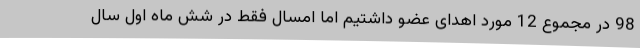
98 در مجموع 12 مورد اهدای عضو داشتیم اما امسال فقط در شش ماه اول سال